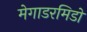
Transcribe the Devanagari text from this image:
मेगाडरमिडो